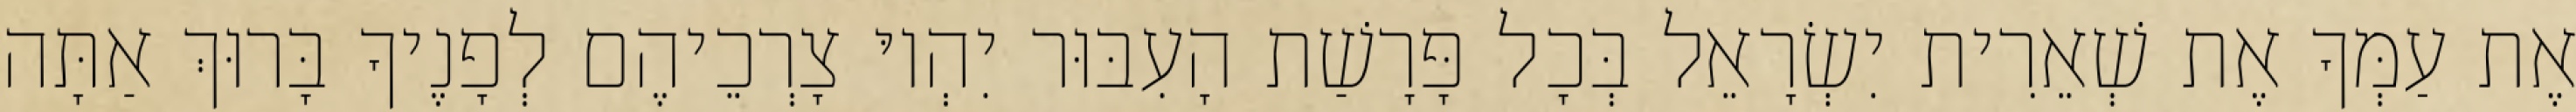
אֶת עַמְּךָ אֶת שְׁאֵרִית יִשְׂרָאֵל בְּכָל פָּרָשַׁת הָעִבּוּר יִהְיוּ צָרְכֵיהֶם לְפָנֶיךָ בָּרוּךְ אַתָּה